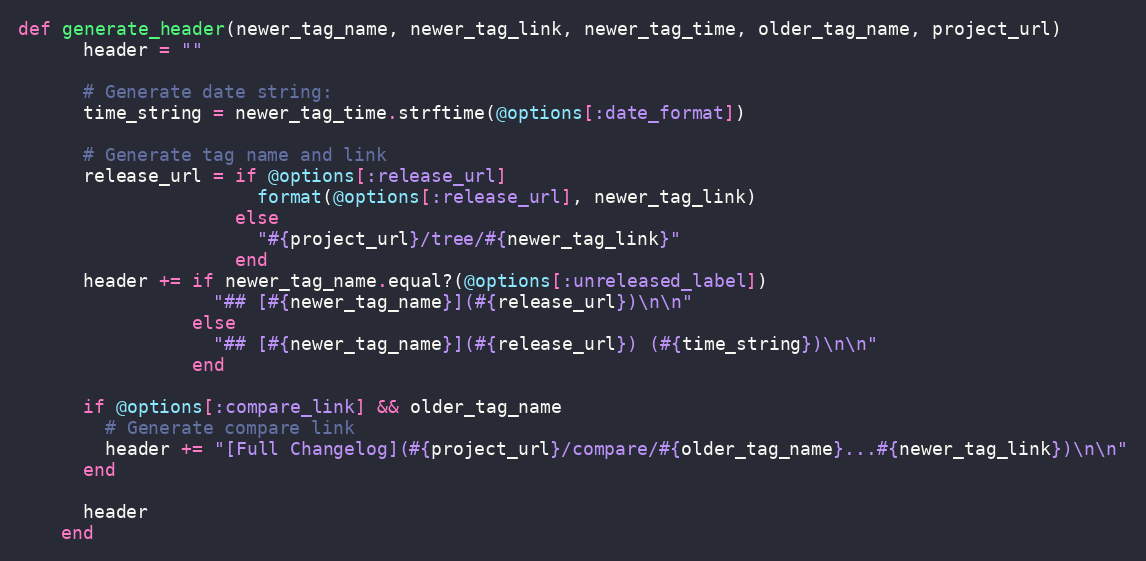
Language: Ruby
def generate_header(newer_tag_name, newer_tag_link, newer_tag_time, older_tag_name, project_url)
      header = ""

      # Generate date string:
      time_string = newer_tag_time.strftime(@options[:date_format])

      # Generate tag name and link
      release_url = if @options[:release_url]
                      format(@options[:release_url], newer_tag_link)
                    else
                      "#{project_url}/tree/#{newer_tag_link}"
                    end
      header += if newer_tag_name.equal?(@options[:unreleased_label])
                  "## [#{newer_tag_name}](#{release_url})\n\n"
                else
                  "## [#{newer_tag_name}](#{release_url}) (#{time_string})\n\n"
                end

      if @options[:compare_link] && older_tag_name
        # Generate compare link
        header += "[Full Changelog](#{project_url}/compare/#{older_tag_name}...#{newer_tag_link})\n\n"
      end

      header
    end